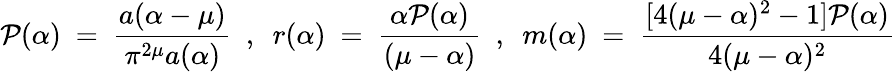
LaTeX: \mathcal{P}(\alpha)~=~\frac{{a(\alpha-\mu)}}{{\pi^{2\mu}a(\alpha)}}~~,~~r(\alpha)~=~\frac{{\alpha\mathcal{P}(\alpha)}}{{(\mu-\alpha)}}~~,~~m(\alpha)~=~\frac{{[4(\mu-\alpha)^{2}-1]\mathcal{P}(\alpha)}}{{4(\mu-\alpha)^{2}}}